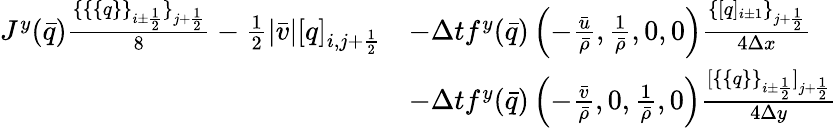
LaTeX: \begin{array}{rl}{J^{y}(\bar{q})\frac{\{ \{ \{ q\} \} _{i\pm\frac 12}\} _{j+\frac 12}}{8}-\frac 12|\bar{v}|[q]_{i,j+\frac 12}}&{-\Delta tf^{y}(\bar{q})\left(-\frac{\bar{u}}{\bar{\rho}},\frac{1}{\bar{\rho}},0,0\right)\frac{\{ [q]_{i\pm 1}\} _{j+\frac 12}}{4\Delta x}}\\ &{-\Delta tf^{y}(\bar{q})\left(-\frac{\bar{v}}{\bar{\rho}},0,\frac{1}{\bar{\rho}},0\right)\frac{[\{ \{ q\} \} _{i\pm\frac 12}]_{j+\frac 12}}{4\Delta y}}\end{array}